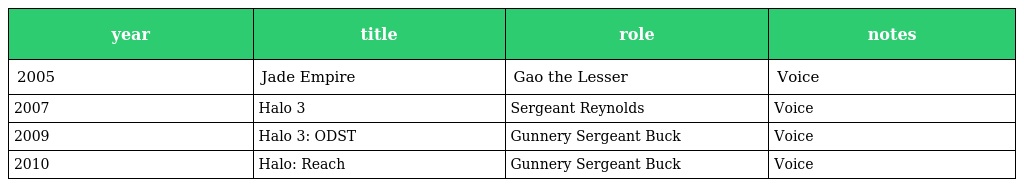
| year | title | role | notes |
 | --- | --- | --- | --- |
 | 2005 | Jade Empire | Gao the Lesser | Voice |
 | 2007 | Halo 3 | Sergeant Reynolds | Voice |
 | 2009 | Halo 3: ODST | Gunnery Sergeant Buck | Voice |
 | 2010 | Halo: Reach | Gunnery Sergeant Buck | Voice |